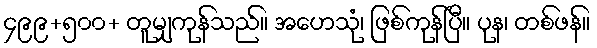
၄၉၉+၅၀၀+ တူမျှကုန်သည်။ အဟေသုံ၊ ဖြစ်ကုန်ပြီ။ ပုန၊ တစ်ဖန်။